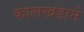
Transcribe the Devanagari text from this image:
कालखंडाने